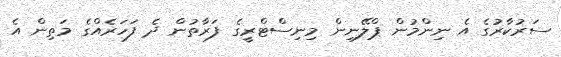
ސަރުކާރުގެ އެ ނިންމުން ޕްލޭނިން މިނިސްޓްރީގެ ފަރާތުން ދެ ފަހަރެއްގެ މަތިން އެ